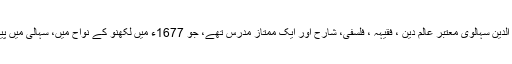
ملا نظام الدین سہالوی معتبر عالمِ دین ، فقیہہ ، فلسفی، شارح اور ایک ممتاز مدرس تھے، جو 1677ء میں لکھنو کے نواح میں، سہالی میں پیدا ہوئے۔